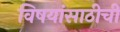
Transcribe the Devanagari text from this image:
विषयांसाठीची